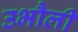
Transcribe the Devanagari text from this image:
उभौली